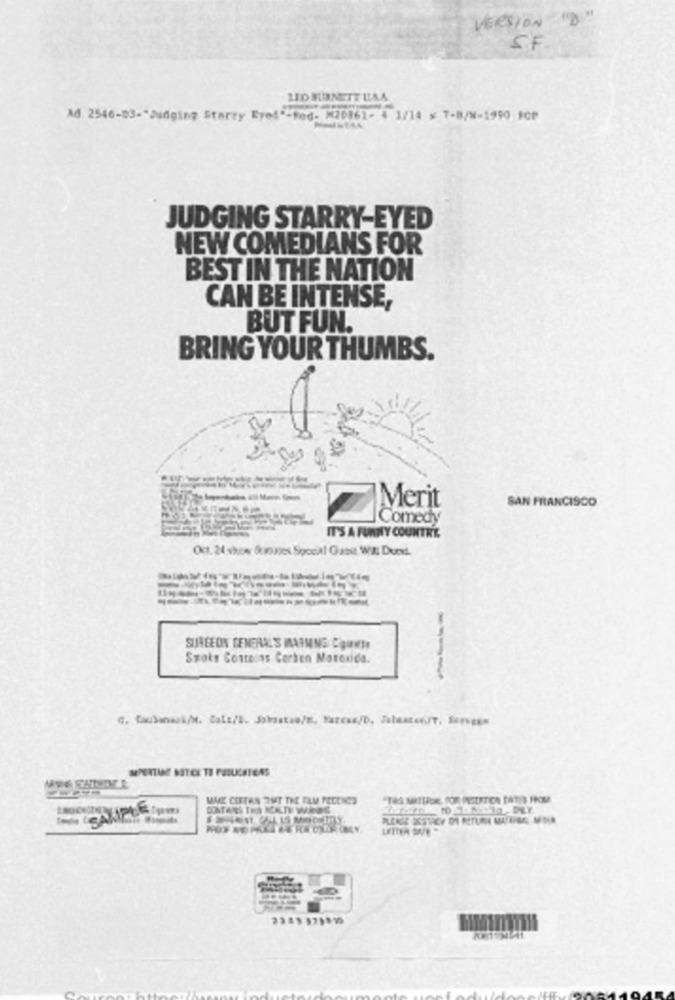
VERSION "B "
SF
LEO BURNETT LISA
Ad 2546-83-"Judging Starry Eyes"-Fed- M20361- 4 1/14 x 7-B/N-1950 FOP
JUDGING STARRY-EYED
NEW COMEDIANS FOR
BEST IN THE NATION
CAN BE INTENSE,
BUT FUN.
BRING YOUR THUMBS.
Merit
SAN FRANCISCO
Comedy
IT'S A FUNNY COUNTRY
Oct. 24 show (unaxes Special Gasit Wa. Dures.
----
SURGEON GENERAL'S INARMING Cipunwto
Szoks Contains Cerhen Motoxide.